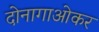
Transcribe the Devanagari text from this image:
दोनागाओकर